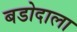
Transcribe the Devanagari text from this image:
बडोदाला